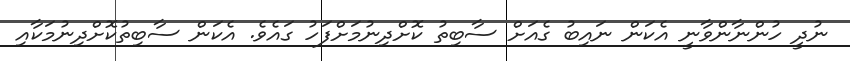
ނުދީ ހުންނާންވާނީ އެކަން ނައިބު ގެއަށް ސާބިތު ކޮށްދިނުމަށްފަހު ގައެވެ. އެކަން ސާބިތުކޮށްދިނުމަކާއި